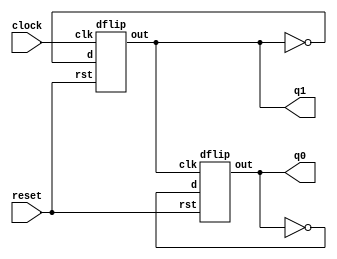
module freqdiv(clock,reset,q0,q1);
input clock,reset;
output q0,q1;
  dflip ad1(~q1,clock,reset,q1);
  dflip ad0(~q0,q1,reset,q0);
endmodule

module dflip(d,clk,rst,out);
input d,clk,rst;
output reg out;
always @(posedge clk or posedge rst)
begin
if (rst==1)
out<=0;
else
out<=d;
end
endmodule